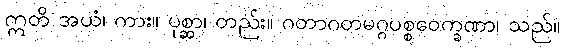
ဣတိ အယံ၊ ကား။ ပုစ္ဆာ၊ တည်း။ ဂတာဂတမဂ္ဂပစ္စဝေက္ခဏာ၊ သည်။